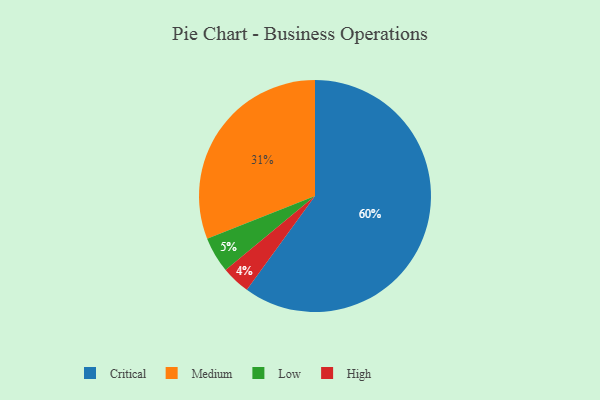
{"axis": {"x": "Category", "y": "Percentage"}, "legend": ["Critical", "High", "Low", "Medium"], "data": [{"x": "Critical", "y": 60, "type": "Critical"}, {"x": "Medium", "y": 31, "type": "Medium"}, {"x": "High", "y": 4, "type": "High"}, {"x": "Low", "y": 5, "type": "Low"}]}